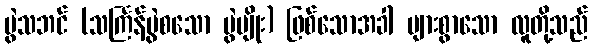
ပွဲသဘင် (သင်္ကြန်ပွဲစသော ပွဲမျိုး) ဖြစ်သောအခါ များစွာသော လူတို့သည်